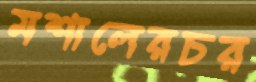
মশালেরচর